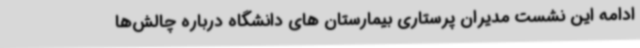
ادامه این نشست مدیران پرستاری بیمارستان های دانشگاه درباره چالش‌ها